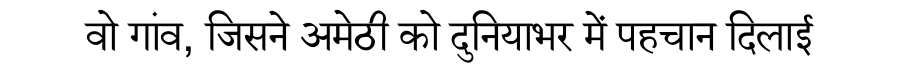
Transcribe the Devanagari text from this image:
वो गांव, जिसने अमेठी को दुनियाभर में पहचान दिलाई